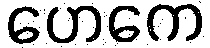
ဟေကေ